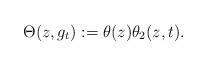
LaTeX: \begin{align*}\Theta(z,g_t):= \theta(z) \theta_{2}(z,t).\end{align*}